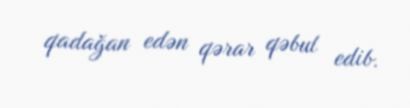
qadağan edən qərar qəbul edib.